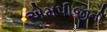
એમપીજીની